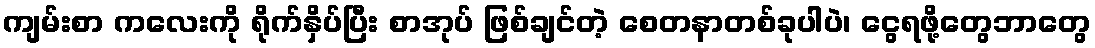
ကျမ်းစာ ကလေးကို ရိုက်နှိပ်ပြီး စာအုပ် ဖြစ်ချင်တဲ့ စေတနာတစ်ခုပါပဲ၊ ငွေရဖို့တွေဘာတွေ